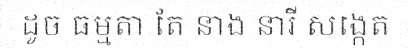
ដូច ធម្មតា តែ នាង នារី សង្កេត